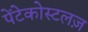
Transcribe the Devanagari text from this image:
पेंटेकोस्टलज़